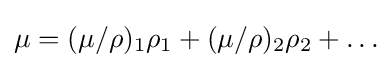
\mu =(\mu /\rho )_{1}\rho _{1}+(\mu /\rho )_{2}\rho _{2}+\ldots